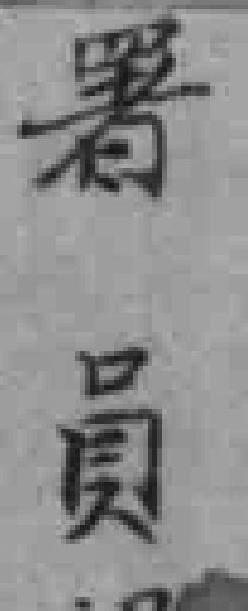
署員